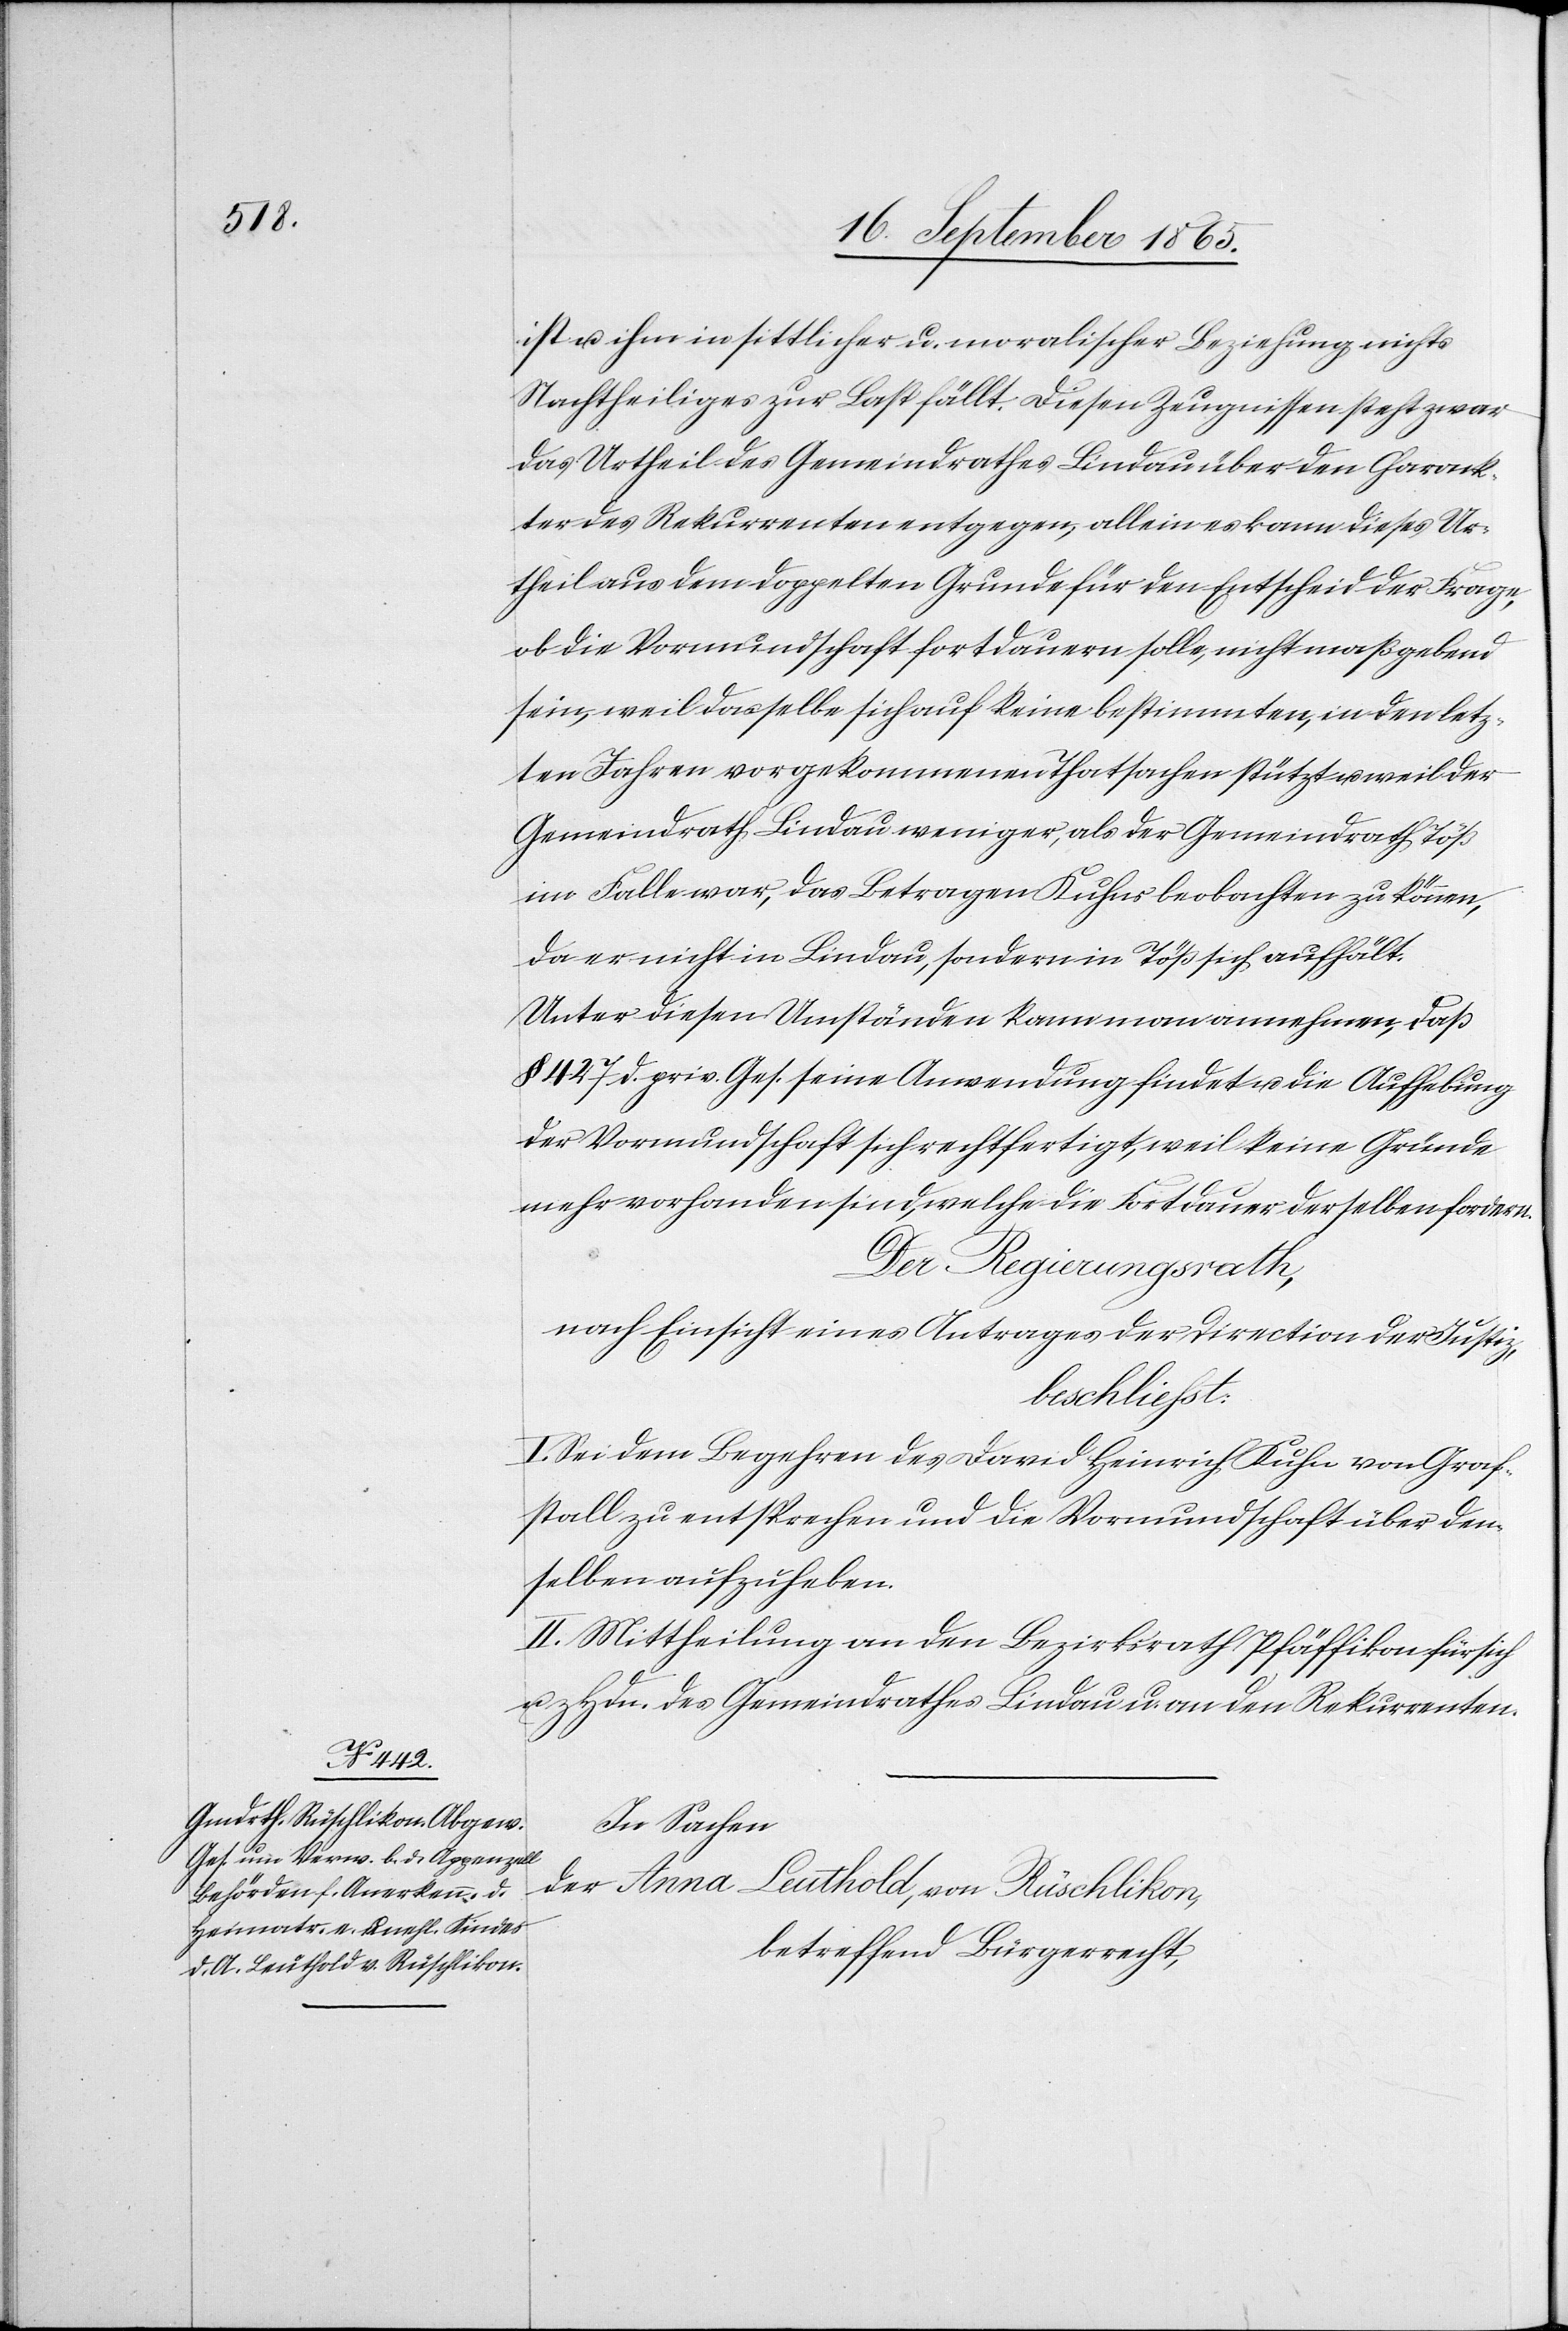
ist u. ihm in sittlicher u. moralischer Beziehung nichts
Nachtheiliges zur Last fällt. Diesen Zeugnissen steht zwar
das Urtheil des Gemeindrathes Lindau über den Charak¬
ter des Rekurrenten entgegen, allein es kann dieses Ur¬
theil aus dem doppelten Grunde für den Entscheid der Frage,
ob die Vormundschaft fortdauern solle, nicht maßgebend
sein, weil dasselbe sich auf keine bestimmten, in den letz¬
ten Jahren vorgekommenen Thatsachen stützt u. weil der
Gemeindrath Lindau weniger, als der Gemeindrath Töß
im Falle war, das Betragen Kuhns beobachten zu können,
da er nicht in Lindau, sondern in Töß sich aufhält.
Unter diesen Umständen kann man annehmen, daß
§ 427 d. priv. Ges. seine Anwendung findet u. die Aufhebung
der Vormundschaft sich rechtfertigt, weil keine Gründe
mehr vorhanden sind, welche die Fortdauer derselben fordern.
Der Regierungsrath,
nach Einsicht eines Antrages der Direction der Justiz,
beschliesst:
I. Sei dem Begehren des David Heinrich Kuhn von Graf¬
stall zu entsprechen und die Vormundschaft über den¬
selben aufzuheben.
II. Mittheilung an den Bezirksrath Pfäffikon für sich
u. z Hdn. des Gemeindrathes Lindau u. an den Rekurrenten.
In Sachen
der Anna Leuthold, von Rüschlikon,
betreffend Bürgerrecht